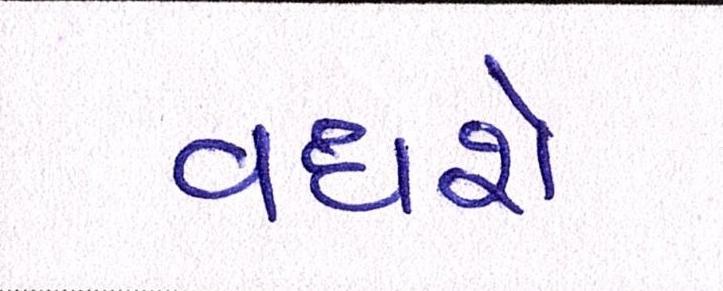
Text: વધશે